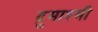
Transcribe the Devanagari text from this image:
द्रुमाश्मी